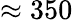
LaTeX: \approx 350